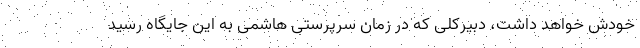
خودش خواهد داشت، دبیرکلی که در زمان سرپرستی هاشمی به این جایگاه رسید